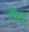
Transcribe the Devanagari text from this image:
फिट्ट